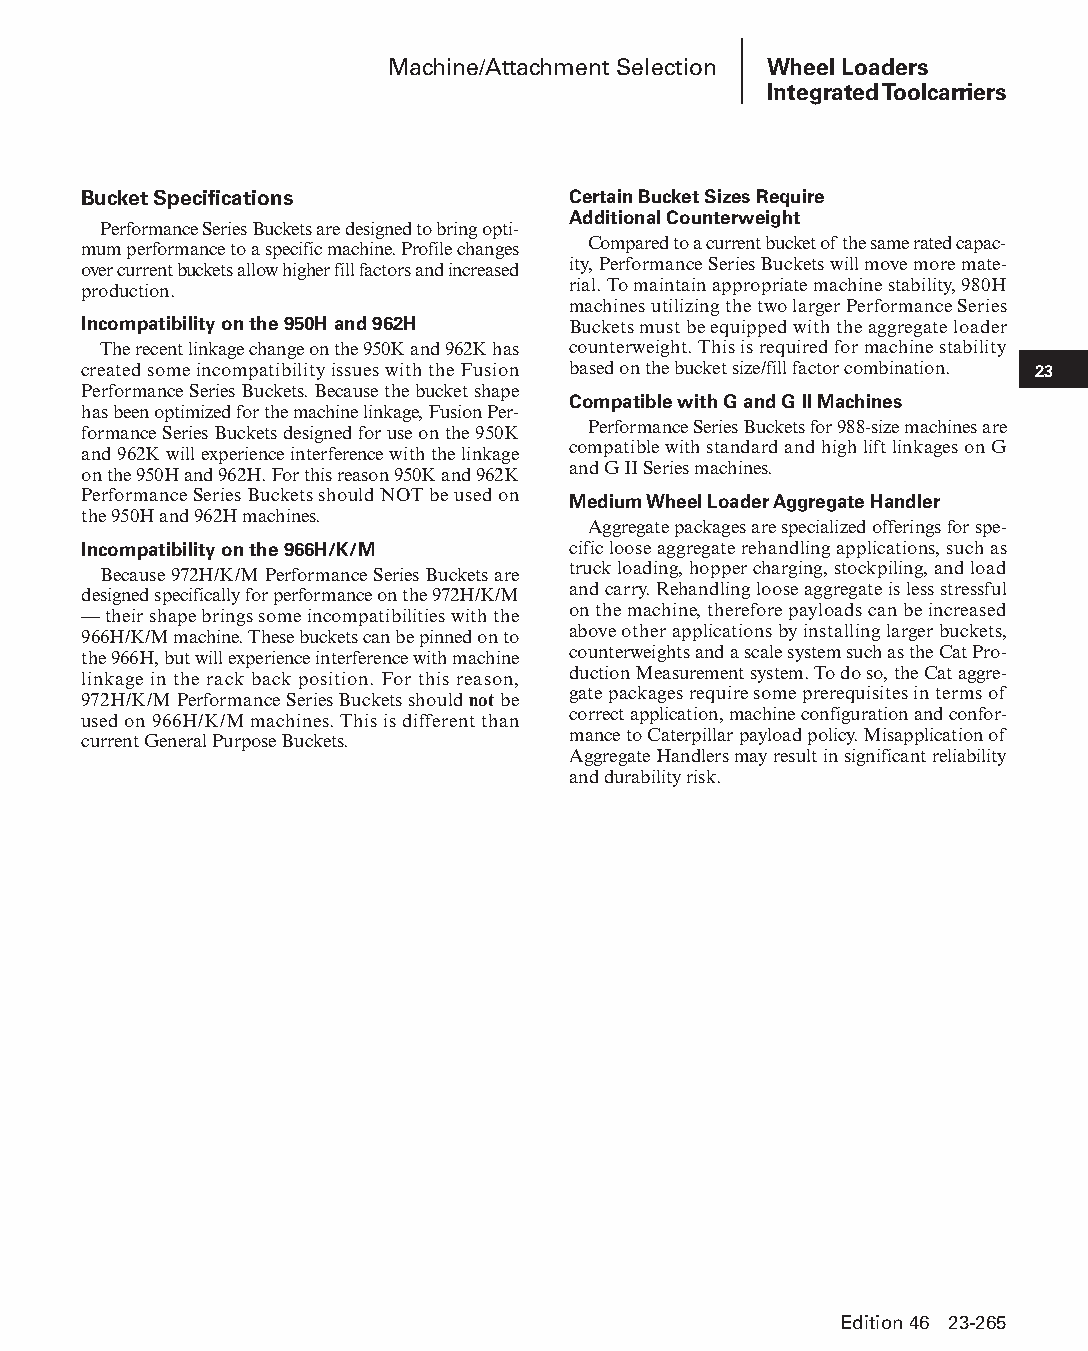
Machine/Attachment Selection Wheel Loaders
 Integrated Toolcarriers
 Bucket Specifications           Certain Bucket Sizes Require
 Additional Counterweight
 Performance Series Buckets are designed to bring opti-
 Compared to a current bucket of the same rated capac-
 mum performance to a specific machine. Profile changes
 ity, Performance Series Buckets will move more mate-
 over current buckets allow higher fill factors and increased
 rial. To maintain appropriate machine stability, 980H
 production.
 machines utilizing the two larger Performance Series
 Incompatibility on the 950H and 962H Buckets must be equipped with the aggregate loader
 The recent linkage change on the 950K and 962K has counterweight. This is required for machine stability
 created some incompatibility issues with the Fusion based on the bucket size/fill factor combination. 23
 Per formance Series Buckets. Because the bucket shape
 Compatible with G and G II Machines
 has been optimized for the machine linkage, Fusion Per-
 Performance Series Buckets for 988-size machines are
 formance Series Buckets designed for use on the 950K
 compatible with standard and high lift linkages on G
 and 962K will experience interference with the linkage
 and G II Series machines.
 on the 950H and 962H. For this reason 950K and 962K
 Performance Series Buckets should NOT be used on Medium Wheel Loader Aggregate Handler
 the 950H and 962H machines.
 Aggregate packages are specialized offerings for spe-
 Incompatibility on the 966H/K/M cific loose aggregate rehandling applications, such as
 truck loading, hopper charging, stockpiling, and load
 Because 972H/K/M Performance Series Buckets are
 and carry. Rehandling loose aggregate is less stressful
 designed specifically for performance on the 972H/K/M
 on the machine, therefore payloads can be increased
 — their shape brings some incompatibilities with the
 above other applications by installing larger buckets,
 966H/K/M machine. These buckets can be pinned on to
 counterweights and a scale system such as the Cat Pro-
 the 966H, but will experience interference with machine
 duc tion Measurement system. To do so, the Cat aggre-
 linkage in the rack back position. For this reason,
 gate packages require some prerequisites in terms of
 972H/K/M Performance Series Buckets should not be
 correct application, machine configuration and con for-
 used on 966H/K/M machines. This is different than
 mance to Caterpillar payload policy. Misapplication of
 current General Purpose Buckets.
 Aggregate Handlers may result in significant reliability
 and durability risk.
 Edition 46 23-265
 PPHHBB--SSeecc2233((ppgg220077--332244))..iinndddd 226655      1122//44//1155 22::1122 PPMM